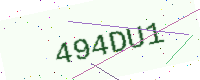
Text: 494DU1